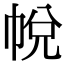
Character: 帨